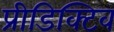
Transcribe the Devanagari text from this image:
प्रीडिक्टिव